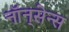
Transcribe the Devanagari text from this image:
नॉन्‌सेन्स